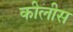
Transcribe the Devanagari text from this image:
कीलीस